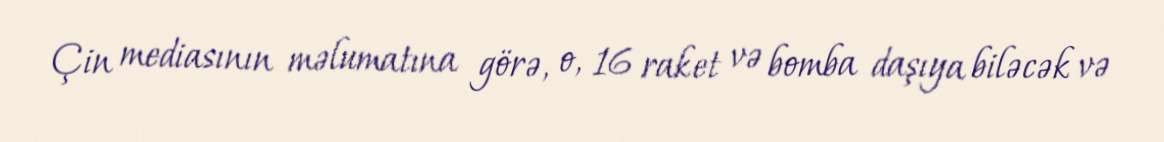
Çin mediasının məlumatına görə, o, 16 raket və bomba daşıya biləcək və